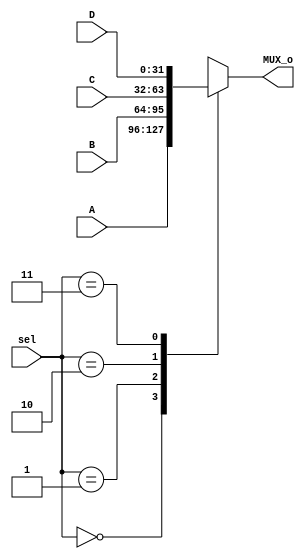
module MUX_4x1 #(parameter data_width=32)
(
	input wire signed [data_width-1:0] A, B,C,D,
	input wire [1:0]	sel,
	output reg signed [data_width-1:0] MUX_o
);

always @ (*)
begin
	case (sel)
	
			2'b00:	begin
						MUX_o = A;
					end
			2'b01:	begin
						MUX_o = B;
					end
			2'b10:	begin
						MUX_o = C;
					end		
			2'b11:	begin
						MUX_o = D;
					end
			
	endcase
end

endmodule